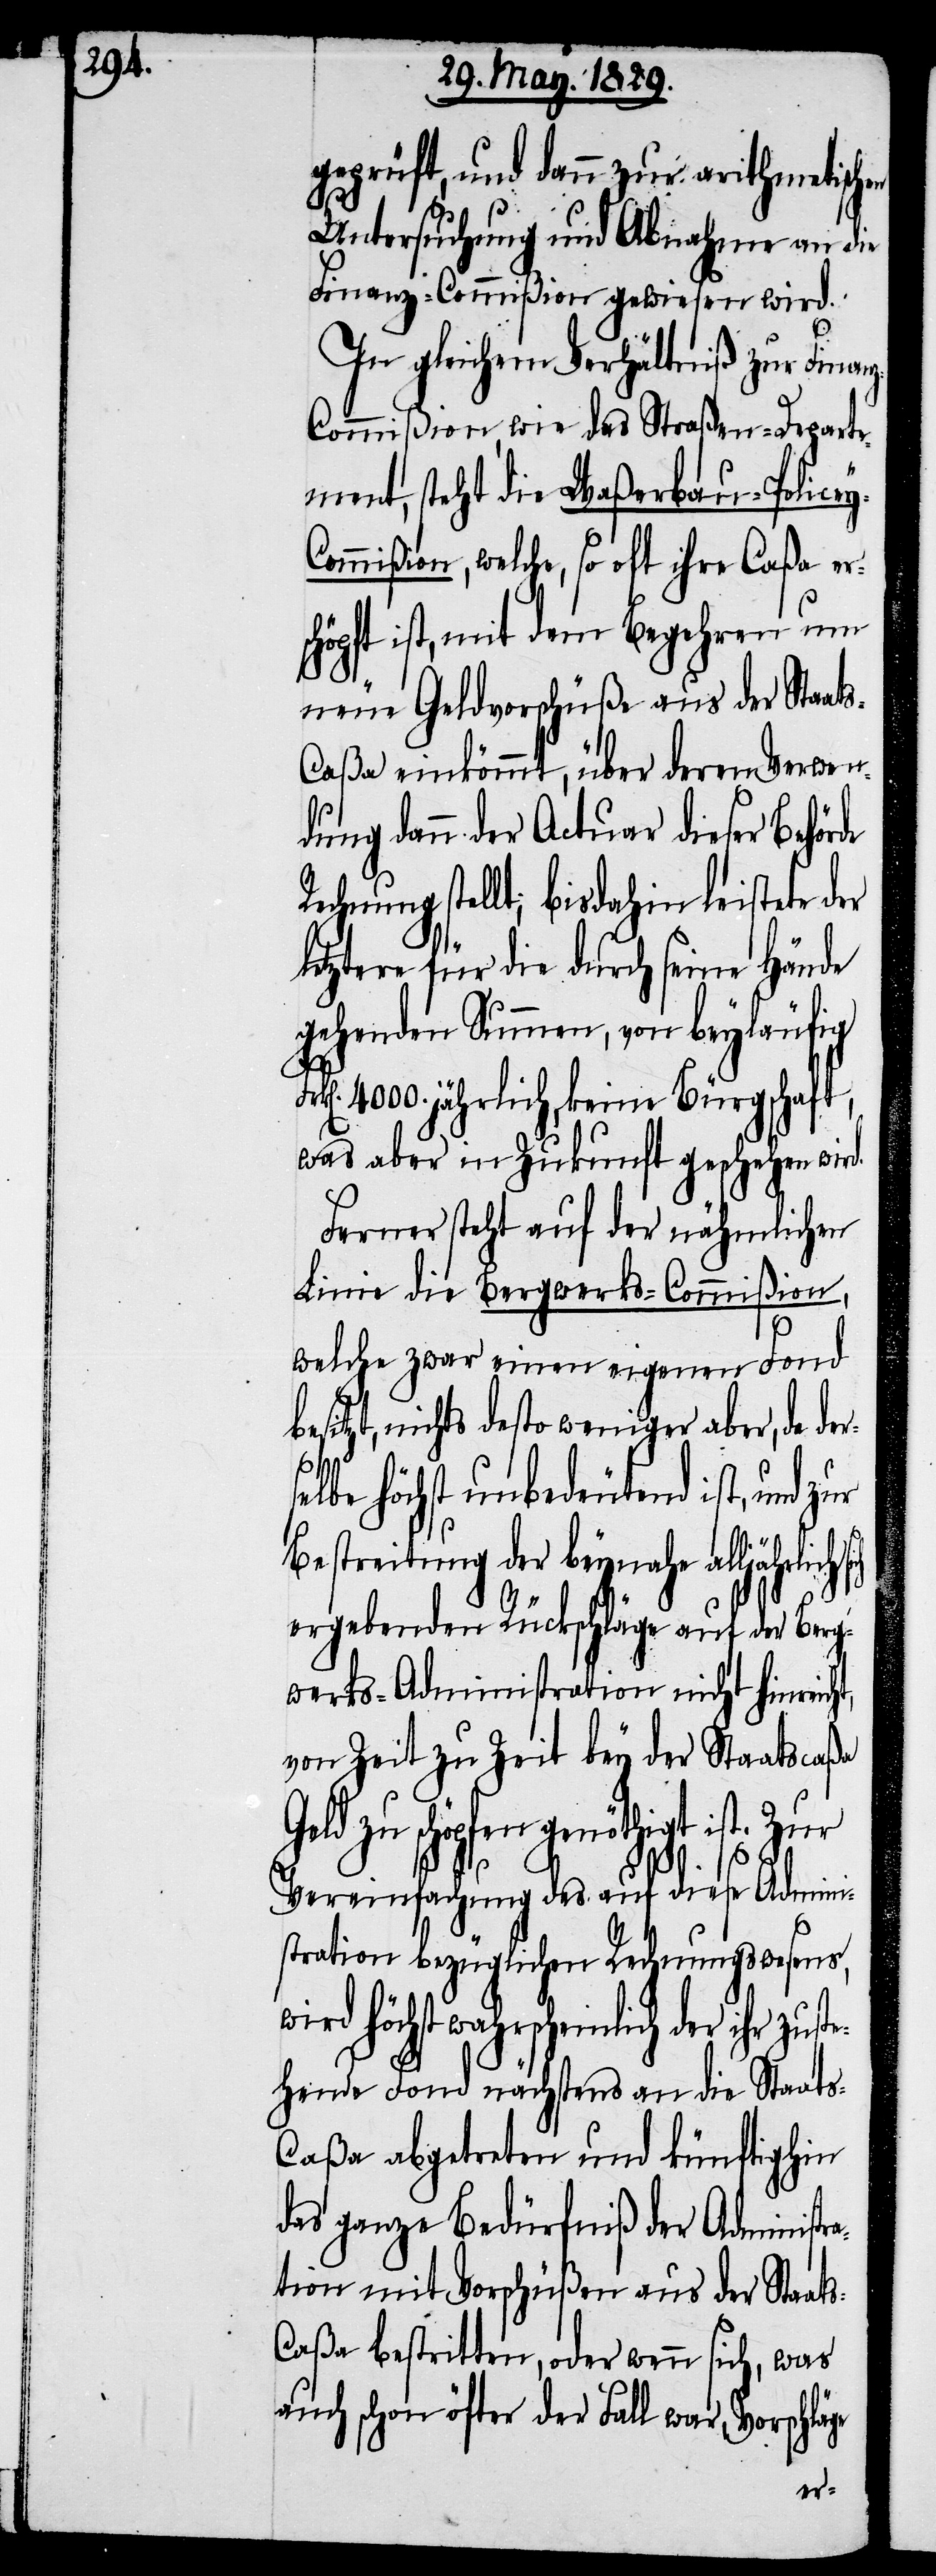
geprüft, und dann zur arithmetischen
Untersuchung und Abnahme an die
Finanz-Commißion gewiesen wird.
In gleichem Verhältniß zur Finan¬
z-Commißion, wie das Straßen-Departe¬
ment, steht die Waßerbau-Police¬
ommißion, welche, so oft ihre Caßa ers¬
chöpft ist, mit dem Begehren um
neue Geldvorschüße aus der Staat¬
aßa einkömmt, über deren Verwen¬
dung dann der Actuar dieser Behör¬
echnung stellt; bisdahin leistete der
letztere für die durch seine Hände
gehenden Summen, von beyläufig
4000. jährlich, keine Bürgschaft,
was aber in Zukunft geschehen wird.
Ferner steht auf der nähmlichen
Linie die Bergwerks-Commißion,
welche zwar einen eigenen Fond
itzt, nichts desto weniger aber, da de¬
selbe höchst unbedeutend ist, und zur
reitung der beynahe
ergebenden Rückschläge auf der Berg¬
werks-Administration nicht hinreich¬
von Zeit zu Zeit bey der Staatscaßa
Geld zu schöpfen genöthigt ist. Zur
Vereinfachung des auf diese Admini¬
stration bezüglichen Rechnungswesen,
wahrscheinlich der ihr zus¬
tehende Fond nächstens an die Staat¬
s-Caßa abgetreten und künftighin
das ganze Bedürfniß der Administr¬
ation mit Vorschüßen aus der Staat¬
aßa bestritten, oder wenn sich, was
auch schon öfter der Fall war, Vorschlä¬
ge